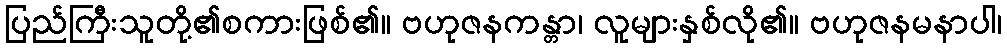
ပြည်ကြီးသူတို့၏စကားဖြစ်၏။ ဗဟုဇနကန္တာ၊ လူများနှစ်လို၏။ ဗဟုဇနမနာပါ၊